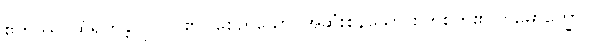
ဧတဿ၊ ထိုရဟန္တာပုဂ္ဂိုလ်၏။ စေတသော၊ အဆုံးစွန်သော စုတိစိတ်၏။ ဝိမောက္ခော၊